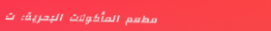
مطعم المأكولات البحرية: ت